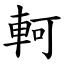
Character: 軻